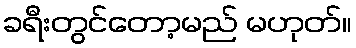
ခရီးတွင်တော့မည် မဟုတ်။